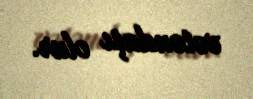
vətəndaşı olur.